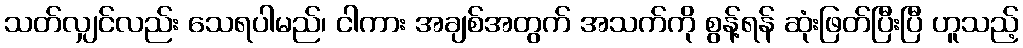
သတ်လျှင်လည်း သေရပါမည်၊ ငါကား အချစ်အတွက် အသက်ကို စွန့်ရန် ဆုံးဖြတ်ပြီးပြီ ဟူသည့်